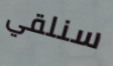
سنلقي